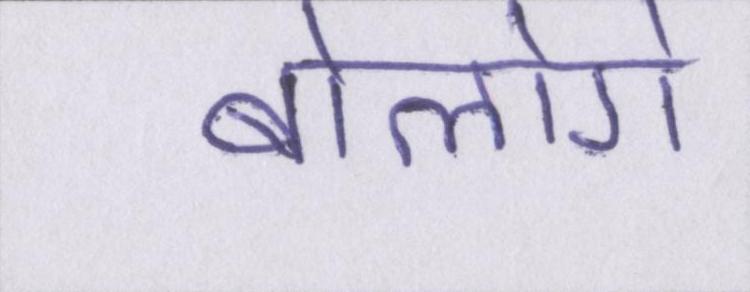
बोलोगे